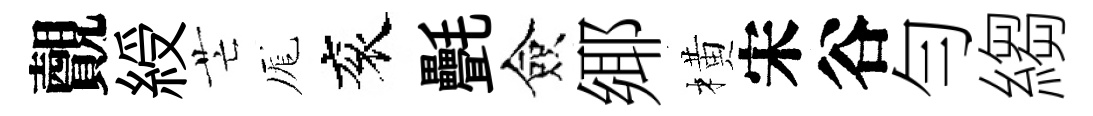
覿綬芒厖衮㲲僉鄊橫宋谷勻縐